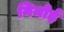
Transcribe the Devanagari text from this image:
निमोई